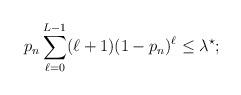
LaTeX: \begin{align*}p_n\sum_{\ell=0}^{L-1}(\ell+1)(1-p_n)^\ell &\le \lambda^\star;\end{align*}